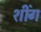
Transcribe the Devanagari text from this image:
शींग